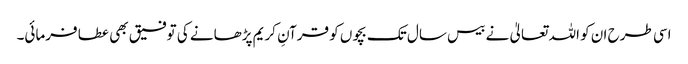
اسی طرح ان کو اللہ تعالیٰ نے بیس سال تک بچوں کو قرآنِ کریم پڑھانے کی توفیق بھی عطا فرمائی۔